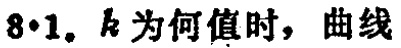
$8\cdot1.$ \(k\) 为何值时，曲线